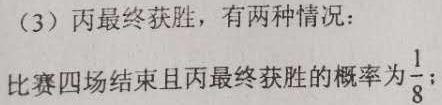
（3）丙最终获胜，有两种情况：
比赛四场结束且丙最终获胜的概率为$\frac{1}{8}$；